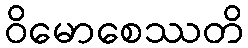
ဝိမောစေဿတိ